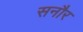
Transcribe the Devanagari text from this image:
सनौर